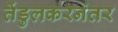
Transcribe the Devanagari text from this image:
तेंडुलकरनंतर